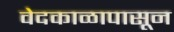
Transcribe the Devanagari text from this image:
वेदकाळापासून